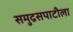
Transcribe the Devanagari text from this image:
समुद्रसपाटीला